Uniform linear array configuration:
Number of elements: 64
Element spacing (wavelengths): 1
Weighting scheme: hamming
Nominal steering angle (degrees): -45
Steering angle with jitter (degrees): -46.664
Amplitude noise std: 0.05
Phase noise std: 0.05

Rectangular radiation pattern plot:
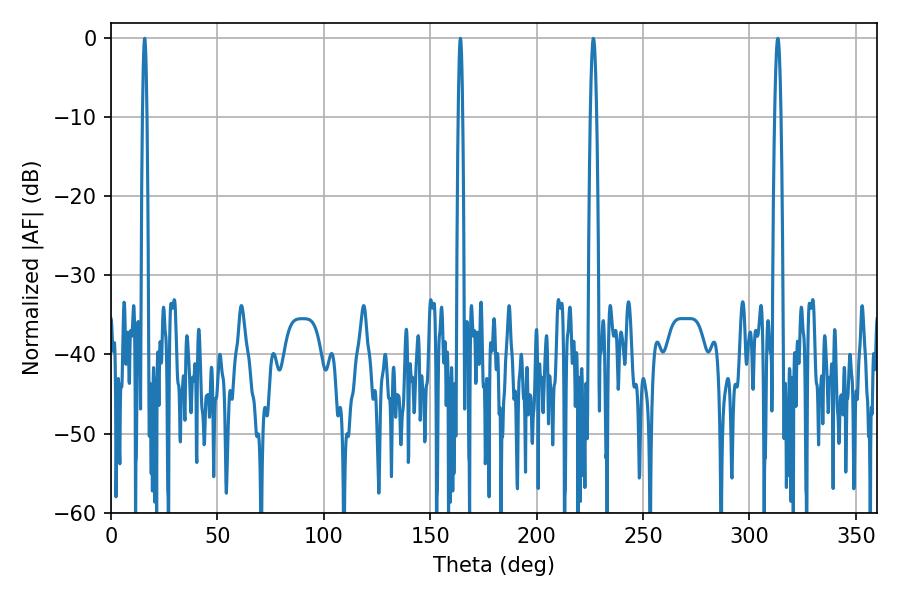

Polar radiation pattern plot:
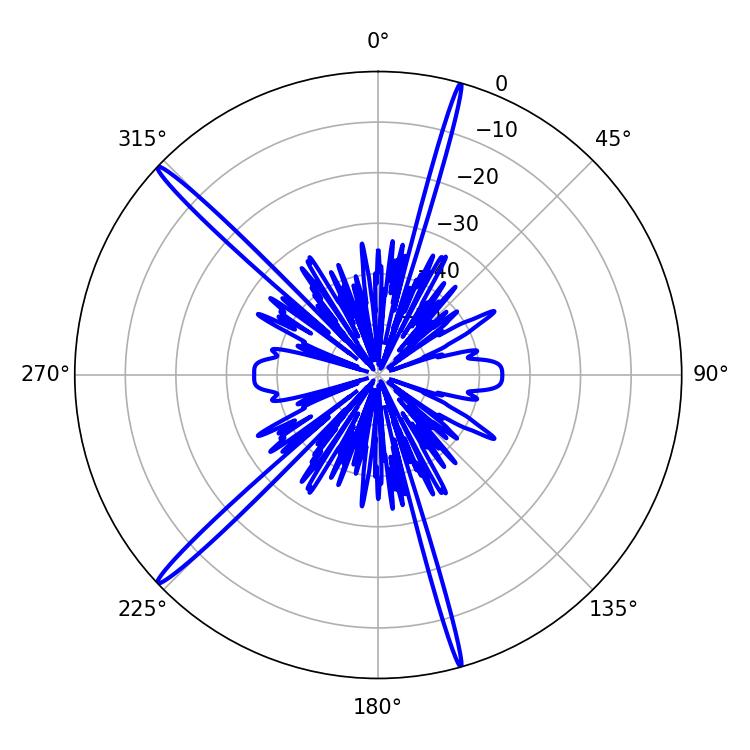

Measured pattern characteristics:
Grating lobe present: TRUE
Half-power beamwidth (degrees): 1.08
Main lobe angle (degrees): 164.16